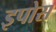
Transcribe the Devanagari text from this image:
इपोस